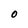
Character: 0